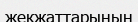
жекжаттарының